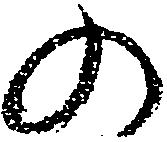
の